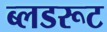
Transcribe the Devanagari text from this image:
ब्लडरूट